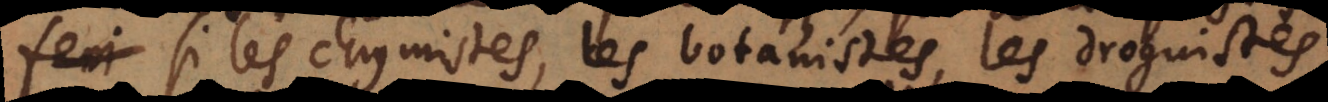
feri si les chymistes, les botanistes, les droguistes